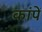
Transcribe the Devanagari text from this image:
कांपें